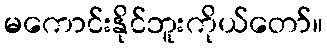
မကောင်းနိုင်ဘူးကိုယ်တော်။